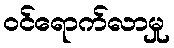
ဝင်ရောက်လာမှု